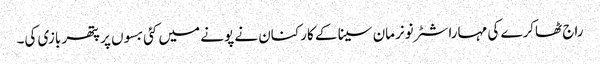
راج ٹھاکرے کی مہاراشٹر نونرمان سینا کے کارکنان نے پونے میں کئی بسوں پر پتھر بازی کی۔